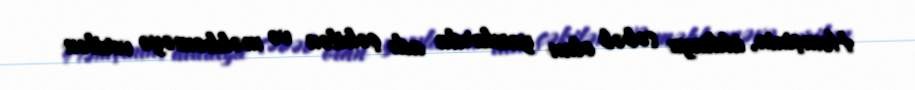
Həmçinin, iddiaya səbəb olan yazılarda adı çəkilən və məhkəməyə verilən